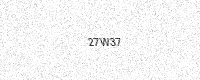
Text: 27W37